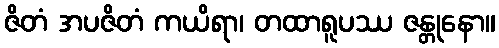
ဇိတံ အပဇိတံ ကယိရာ၊ တထာရူပဿ ဇန္တုနော။